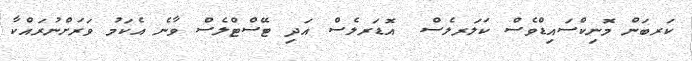
ކަރބަން މޮނިކްސައިޑްވެސް ކަލަރލެސް  އޮޑަރލެސް އަދި ޓޭސްޓްލެސް ވާނެ އެކަމު ވަރަށްނުރައްކާ